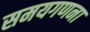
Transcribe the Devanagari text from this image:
समयगणना